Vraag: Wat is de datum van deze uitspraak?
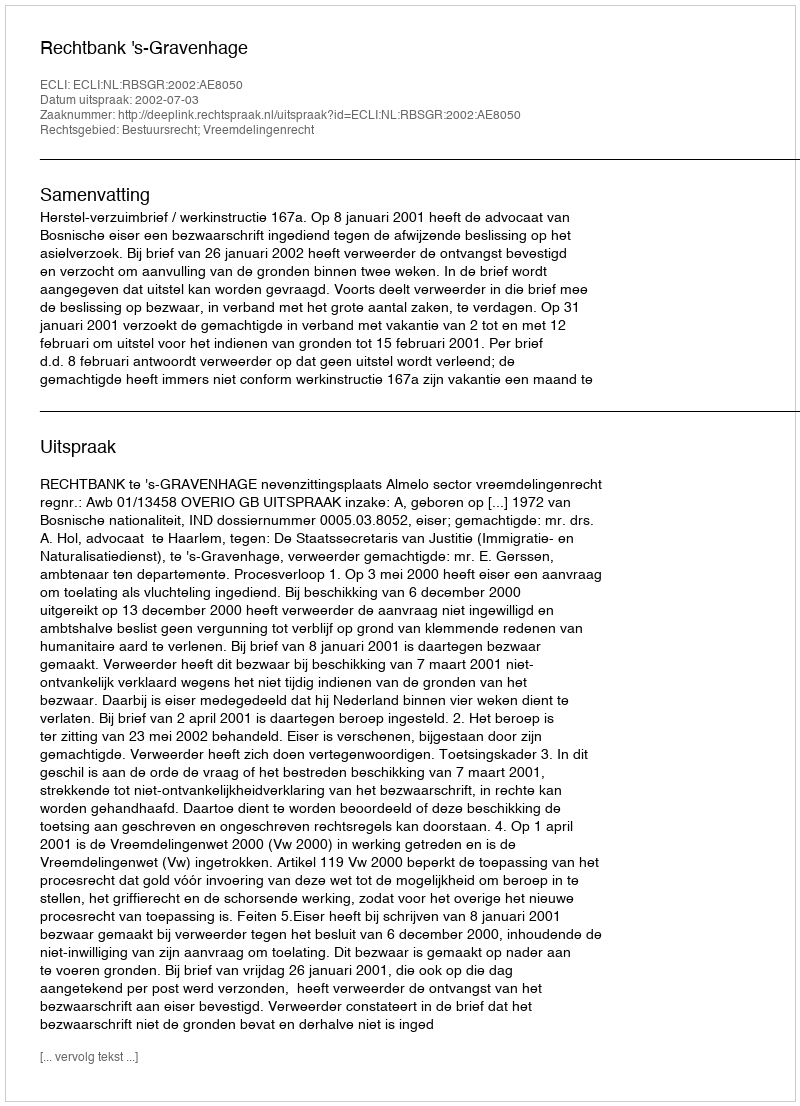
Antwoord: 2002-07-03